Source: Computer-generated
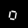
Digit: ၀ (0)